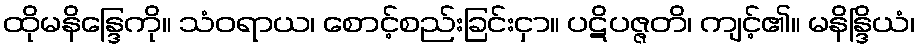
ထိုမနိန္ဒြေကို။ သံဝရာယ၊ စောင့်စည်းခြင်းငှာ။ ပဋိပဇ္ဇတိ၊ ကျင့်၏။ မနိန္ဒြိယံ၊